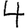
Digit: 4